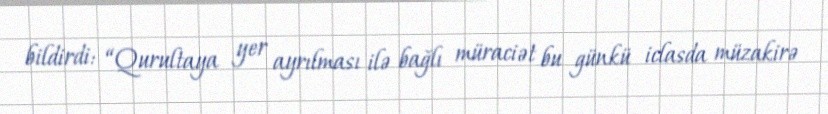
bildirdi: “Qurultaya yer ayrılması ilə bağlı müraciət bu günkü iclasda müzakirə